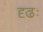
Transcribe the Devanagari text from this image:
दृढः